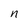
Character: n